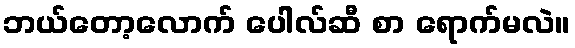
ဘယ်တော့လောက် ပေါလ်ဆီ စာ ရောက်မလဲ။